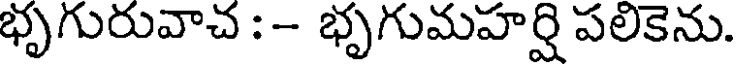
భృగురువాచ :- భృగుమహర్షి పలికెను.